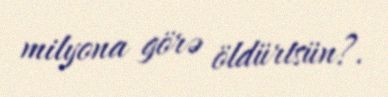
milyona görə öldürtsün?.